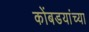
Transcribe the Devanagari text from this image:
कोंबडयांच्या